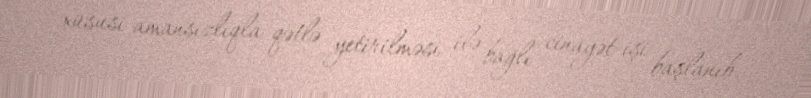
xüsusi amansızlıqla qətlə yetirilməsi ilə bağlı cinayət işi başlanıb.